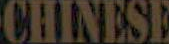
CHINESE